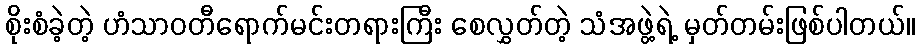
စိုးစံခဲ့တဲ့ ဟံသာဝတီရောက်မင်းတရားကြီး စေလွှတ်တဲ့ သံအဖွဲ့ရဲ့ မှတ်တမ်းဖြစ်ပါတယ်။